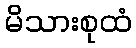
မိသားစုထံ